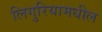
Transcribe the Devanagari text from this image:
लिगुरियामधील